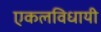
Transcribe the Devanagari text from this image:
एकलविधायी